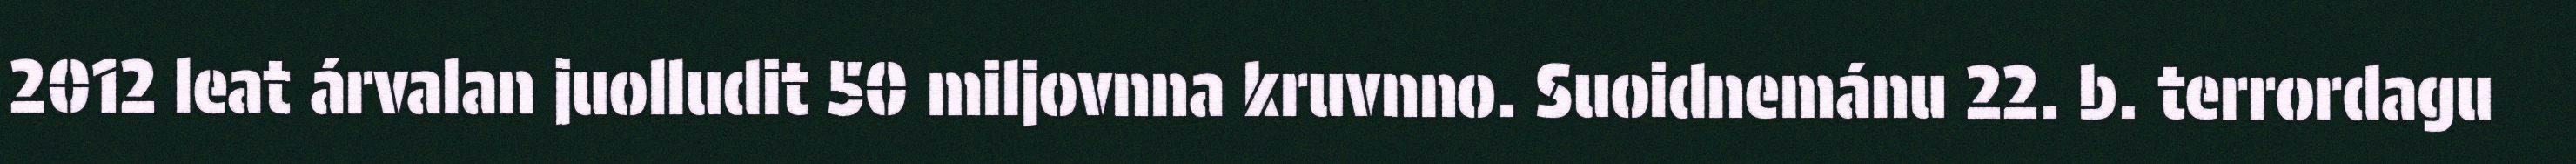
2012 leat árvalan juolludit 50 miljovnna kruvnno. Suoidnemánu 22. b. terrordagu